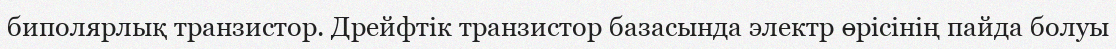
биполярлық транзистор. Дрейфтік транзистор базасында электр өрісінің пайда болуы